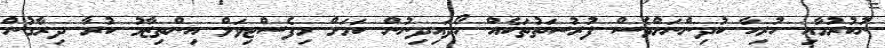
ނުކުރުމާއި ހުރިހާ ކުދިންނަށްވެސް ފުރުސަތުތަކެއް ހޯދައިދިނުން ކަމަށް މިފެސްޓިވަލް އިންތިޒާމު ކުރާ ދިރާގުން